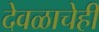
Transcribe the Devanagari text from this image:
देवळाचेही